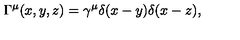
\Gamma ^ { \mu } ( x , y , z ) = \gamma ^ { \mu } \delta ( x - y ) \delta ( x - z ) ,